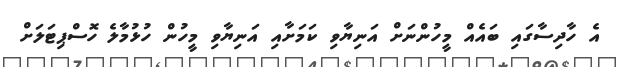
އެ ހާދިސާގައި ބައެއް މީހުންނަށް އަނިޔާވި ކަމަށާއި އަނިޔާވި މީހުން ހުޅުމާލެ ހޮސްޕިޓަލަށް